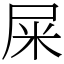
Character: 屎